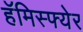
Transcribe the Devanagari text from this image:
हॅमिस्फ्येर